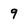
Character: 9